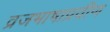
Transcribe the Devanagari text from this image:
व्रजभाषाप्रवीण